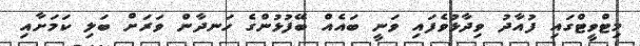
މިޓްވީޓްގައި ފުއާދު ވިދާޅުވެފައި ވަނީ ބައެއް ބޭފުޅުންގެ ހަނދާން ވަރަށް ބަލި ކަމަށާއި